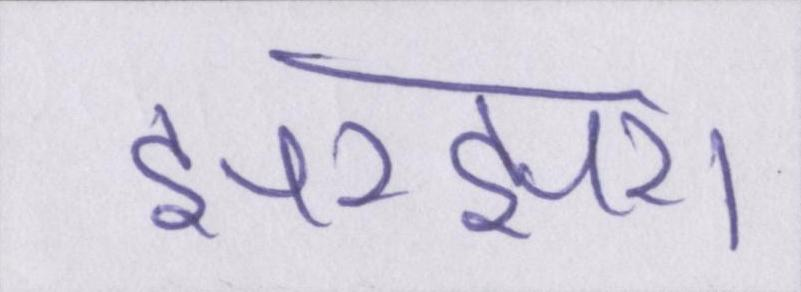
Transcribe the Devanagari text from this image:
झरझरा